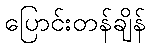
ပြောင်းတန်ချိန်